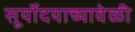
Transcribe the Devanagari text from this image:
सूर्योदयाच्यावेळी